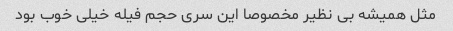
مثل همیشه بی نظیر مخصوصا این سری حجم فیله خیلی خوب بود